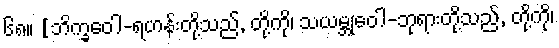
၆၈။ [ဘိက္ခဝေါ-ရဟန်းတို့သည်, တို့ကို၊ သယမ္ဘုဝေါ-ဘုရားတို့သည်, တို့ကို၊